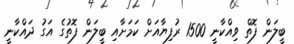
ބީލަން ފޮތް ވިއްކާނީ 1500 ރުފިޔާއަށް ކަމަށާއި ބީލަން ފޮތުގެ އަގު ދައްކާނީ